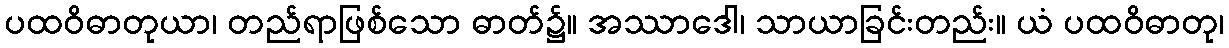
ပထဝိဓာတုယာ၊ တည်ရာဖြစ်သော ဓာတ်၌။ အဿာဒေါ၊ သာယာခြင်းတည်း။ ယံ ပထဝိဓာတု၊